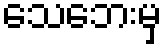
သေဘေးမှ